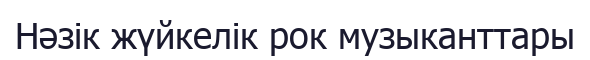
Нәзік жүйкелік рок музыканттары